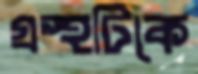
গ্রন্থটিকে